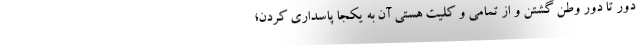
دور تا دور وطن گشتن و از تمامی و کلیت هستی آن به یکجا پاسداری کردن؛